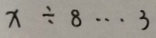
x \div 8 \cdots 3